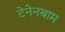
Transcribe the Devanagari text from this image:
टेनेनबाम